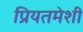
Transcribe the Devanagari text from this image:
प्रियतमेशी